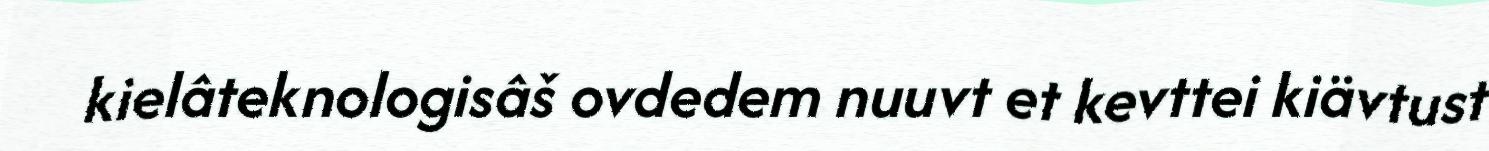
kielâteknologisâš ovdedem nuuvt et kevttei kiävtust